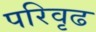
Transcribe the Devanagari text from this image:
परिवृढ